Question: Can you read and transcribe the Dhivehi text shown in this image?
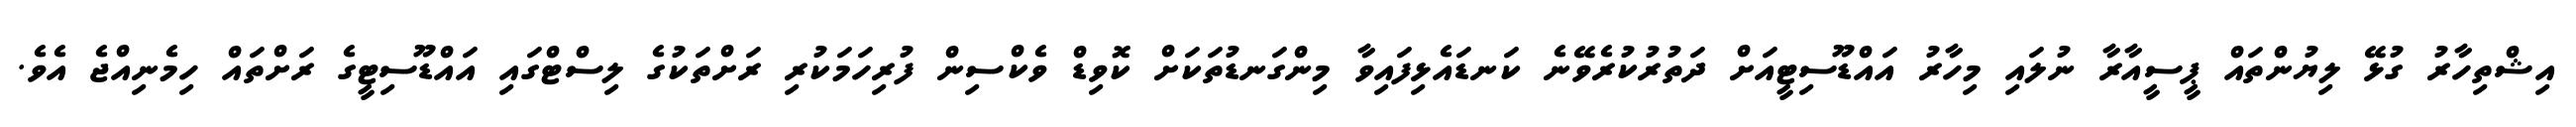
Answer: އިޝްތިހާރު ގުޅޭ ލިޔުންތައް ޕީސީއާރާ ނުލައި މިހާރު އައްޑޫސިޓީއަށް ދަތުރުކުރެވޭނެ ކަނޑައެޅިފައިވާ މިންގަނޑުތަކަށް ކޮވިޑް ވެކްސިން ފުރިހަމަކުރި ރަށްތަކުގެ ލިސްޓްގައި އައްޑޫސިޓީގެ ރަށްތައް ހިމެނިއްޖެ އެވެ.